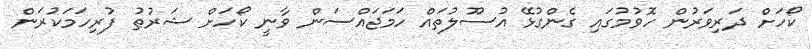
ކޯހަށް ދަރިވަރުން ހޮވުމުގައި ގެންގުޅޭ އުސޫލުތައް ހަމަޖައްސަން ވާނީ ކޯހަށް ޝަރުޠު ފުރިހަމަކުރަން